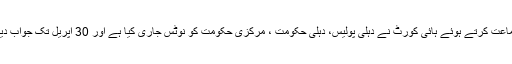
عرضیوں پر سماعت کرتے ہوئے ہائی کورٹ نے دہلی پولیس، دہلی حکومت ، مرکزی حکومت کو نوٹس جاری کیا ہے اور 30 اپریل تک جواب دینے کو کہا ہے۔